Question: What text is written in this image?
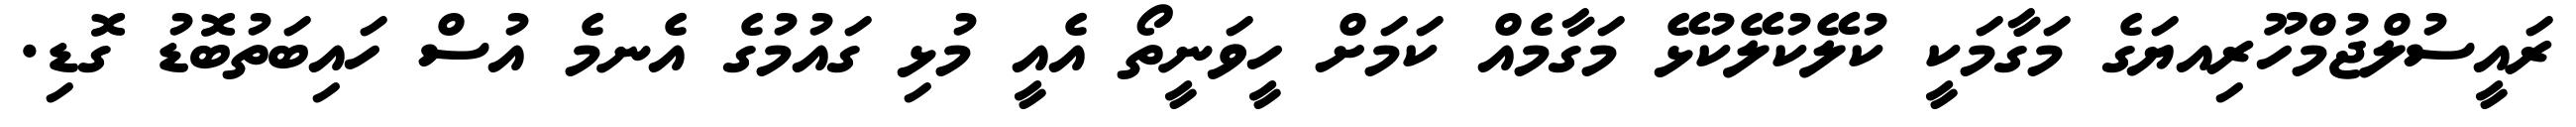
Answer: ރައީސުލްޖުމްހޫރިއޔަގެ މަގާމަކީ ކުލޭކުލޭކުޅޭ މަގާމެއް ކަމަށް ހީވަނީތޯ އެއީ މުޅި ގައުމުގެ އެނމެ އުސް ހައިބަތުބޮޑު ގޮޑި.